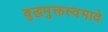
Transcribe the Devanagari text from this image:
बुद्धमुक्तस्वभावे